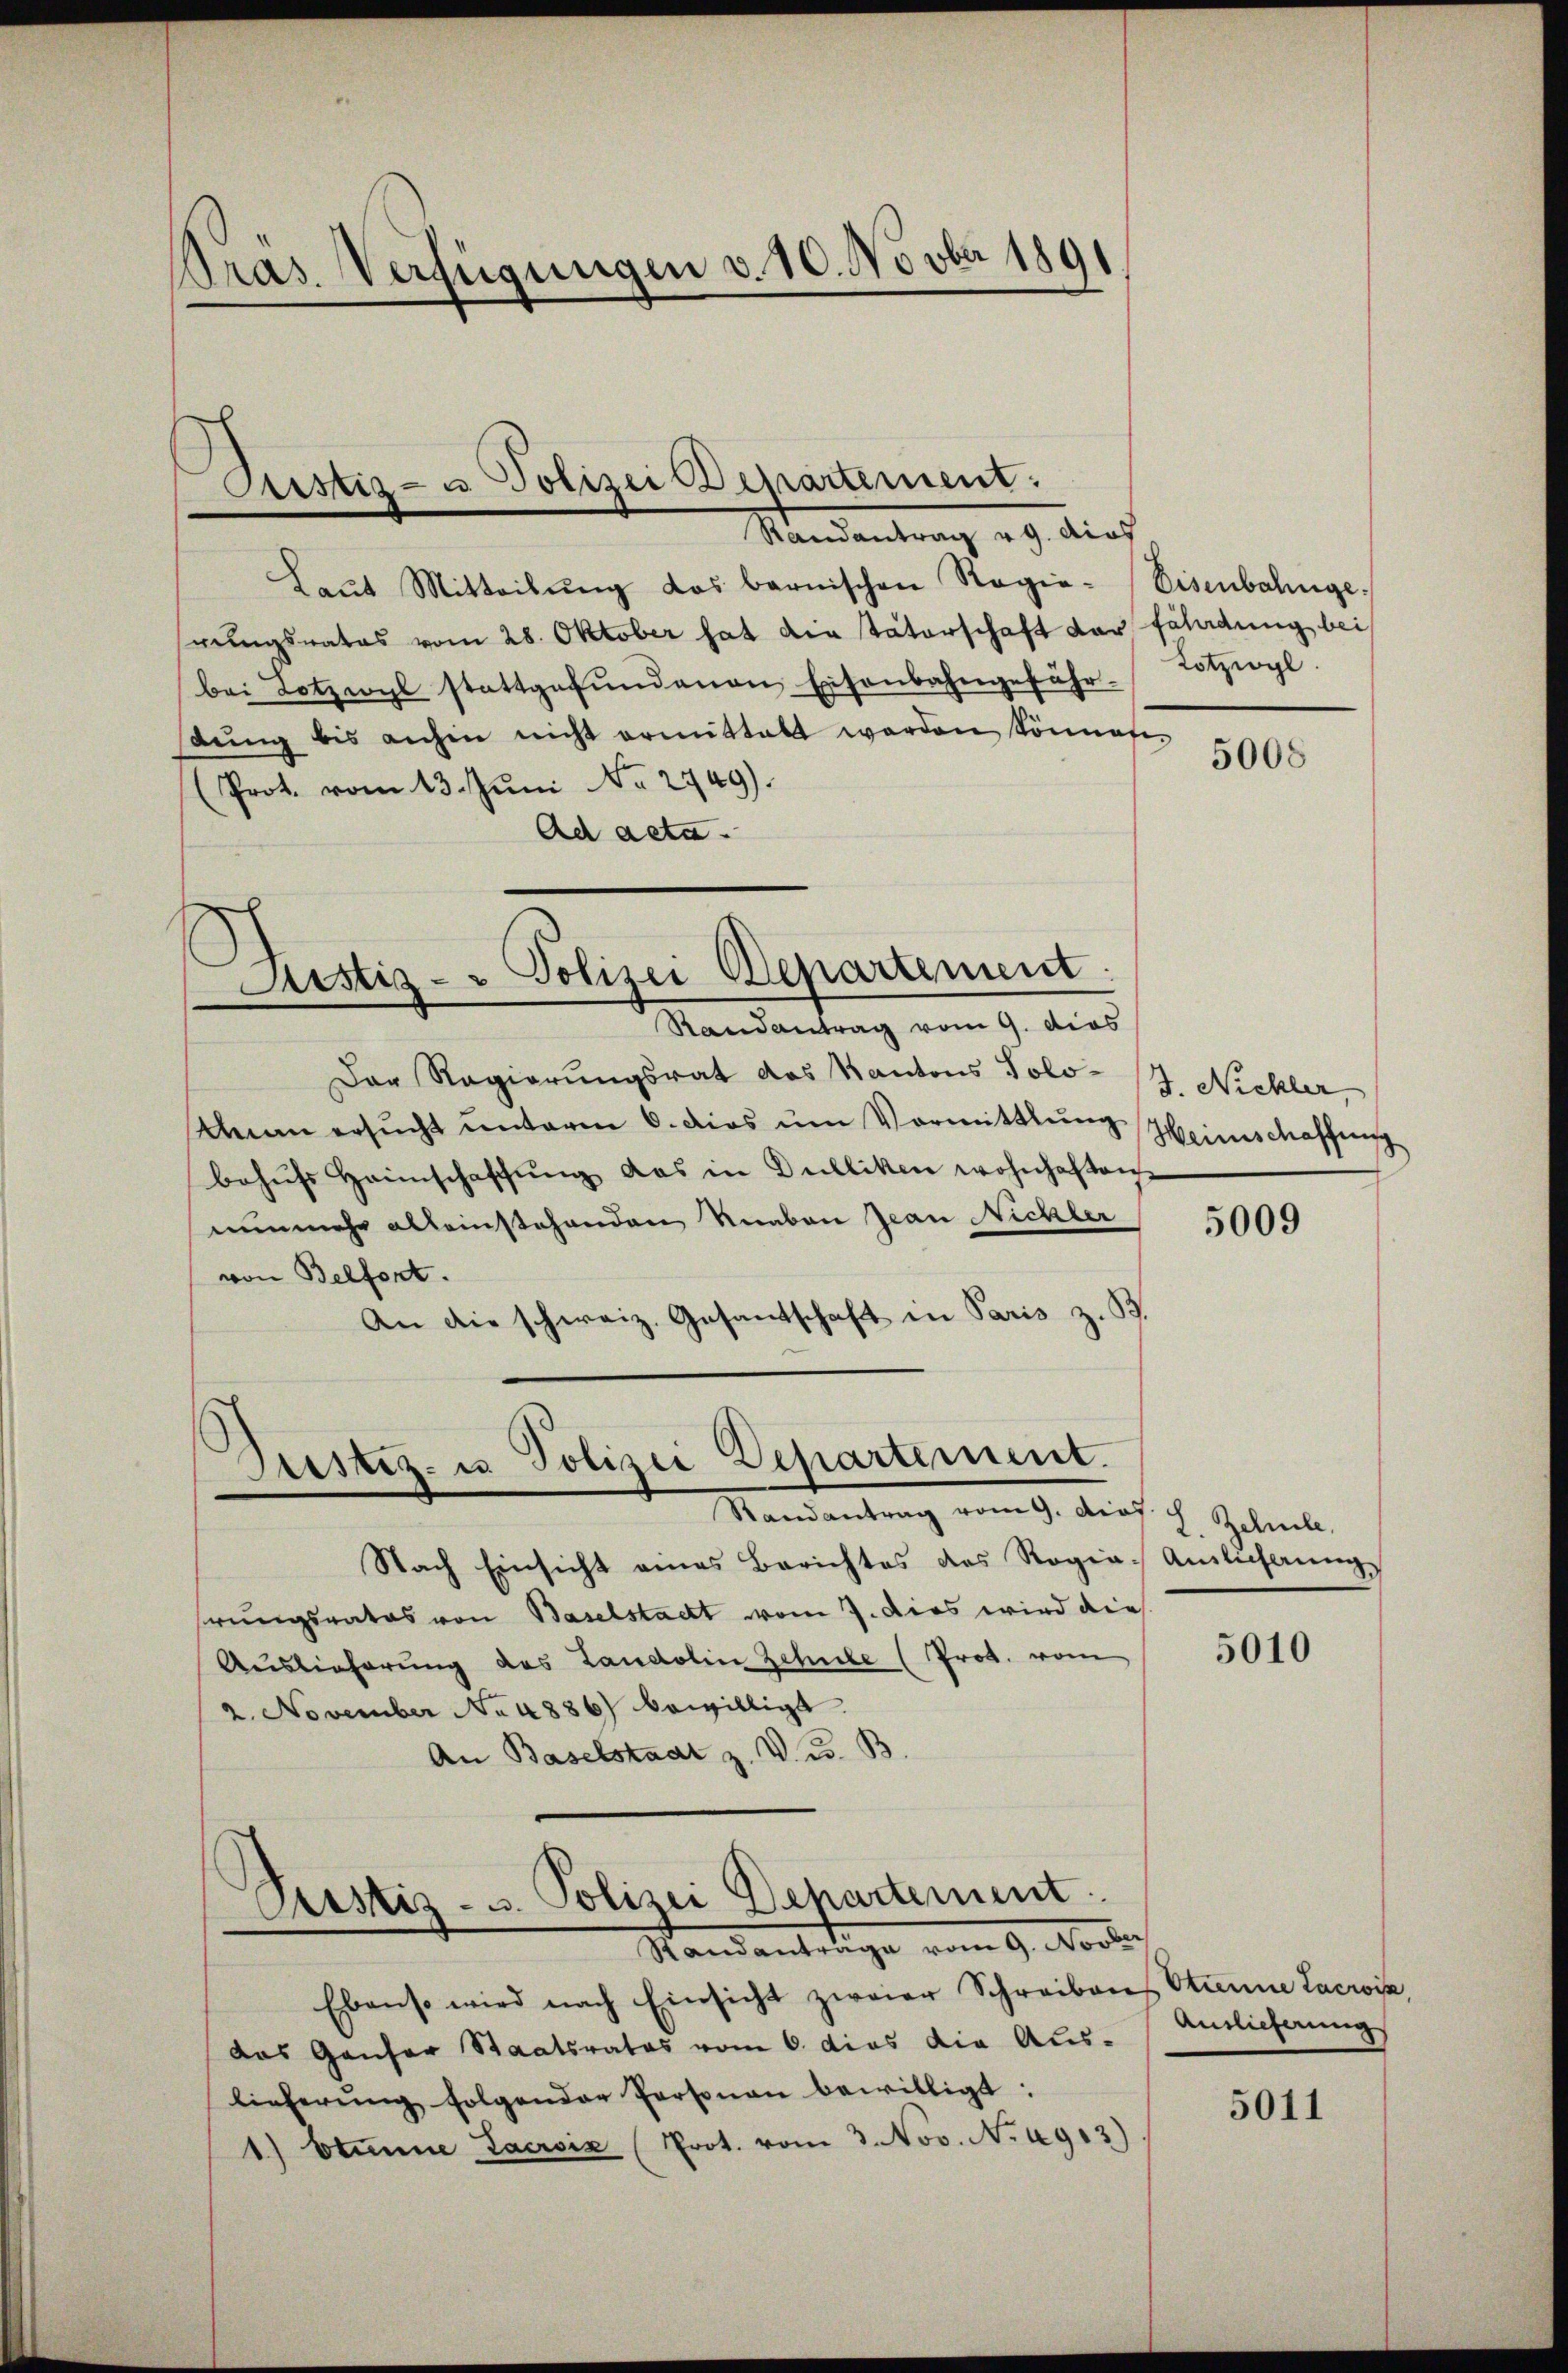
Pras. Verfügungen v. 10. Novber 1891

Custiz- u Polizei Departement:
Randantrag v. 9. dief

Laŭt Mitteilŭng das bernischen Regie-
rungsrates vom 28. Oktober hat die Vaterschaft der fährdung bei
bei Lotzwyl stattgefundenen Eisenbahngefährstŭng bis anhin nicht ermittalt werden können
(Prot. vom 13. Jŭni No 2749).
Ad acta
Justiz- & Polizei Departement:
Randantrag vom 9. dies
Der Regierungsrat das Kantons Solo-/J. Nickler,
Uman ersŭcht ŭnterm 6. dies ŭm Vormittlung
behufs Heimschaffung das in Dulliken wohnhaften
nunmehr alleinstehenden Reben Jean Nichter
von Belfort.
An die schweiz. Gesandtschaft in Paris z. B.

Justiz- u Polizei Departement.
Mandantung vom 9. des J. Geleite

Pustiz- u. Polizei Departement
Standantetige vom 9. Novbr.

Ebenso wird nach Einsicht zweier Schreiben Stanne Lacrois
das Ganzer Staatsrates vom 6. dies die Aus-
lieferŭng folgender Personau bewilligt:
1) Stimme Lacroix (Prot. vom 3. Nov. No. 4913)

Nach Einsicht eines Berichtes des Rogia. Ausführungs
rungsrates von Baselstadt vom 7. dies wird die
Auslieferung des Landolin Zehnte (Prot. vom
2. November No 4886) bewilligt
An Baselstaat z. V. u. B.

Eisenbahnge
Lotzigl.

5008

Heinschaffung

5009

5010

Anslieferung

5011